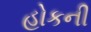
હોકની